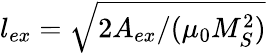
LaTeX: l_{ex}=\sqrt{2A_{ex}/(\mu_{0}M_{S}^{2})}